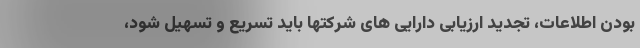
بودن اطلاعات، تجدید ارزیابی دارایی های شرکتها باید تسریع و تسهیل شود،